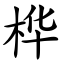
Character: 桦